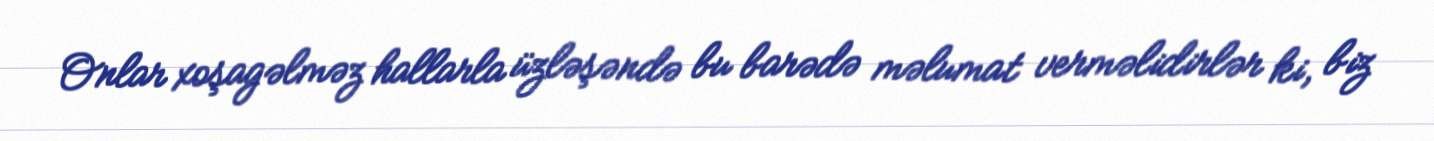
Onlar xoşagəlməz hallarla üzləşəndə bu barədə məlumat verməlidirlər ki, biz